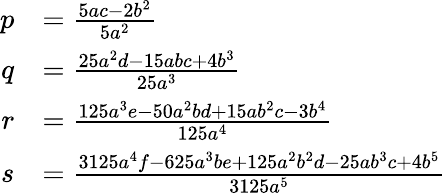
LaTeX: {\begin{array}{rl}{p}&{={\frac{5ac-2b^{2}}{5a^{2}}}}\\ {q}&{={\frac{25a^{2}d-15abc+4b^{3}}{25a^{3}}}}\\ {r}&{={\frac{125a^{3}e-50a^{2}bd+15ab^{2}c-3b^{4}}{125a^{4}}}}\\ {s}&{={\frac{3125a^{4}f-625a^{3}be+125a^{2}b^{2}d-25ab^{3}c+4b^{5}}{3125a^{5}}}}\end{array}}